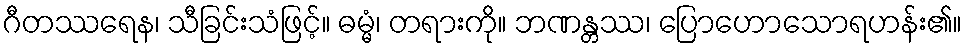
ဂီတဿရေန၊ သီခြင်းသံဖြင့်။ ဓမ္မံ၊ တရားကို။ ဘဏန္တဿ၊ ပြောဟောသောရဟန်း၏။